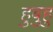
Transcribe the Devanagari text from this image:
हुबुहु